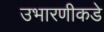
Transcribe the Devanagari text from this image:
उभारणीकडे